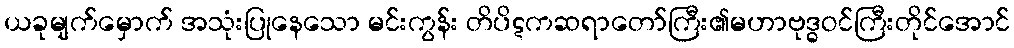
ယခုမျက်မှောက် အသုံးပြုနေသော မင်းကွန်း တိပိဋကဆရာတော်ကြီး၏မဟာဗုဒ္ဓဝင်ကြီးတိုင်အောင်